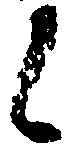
候